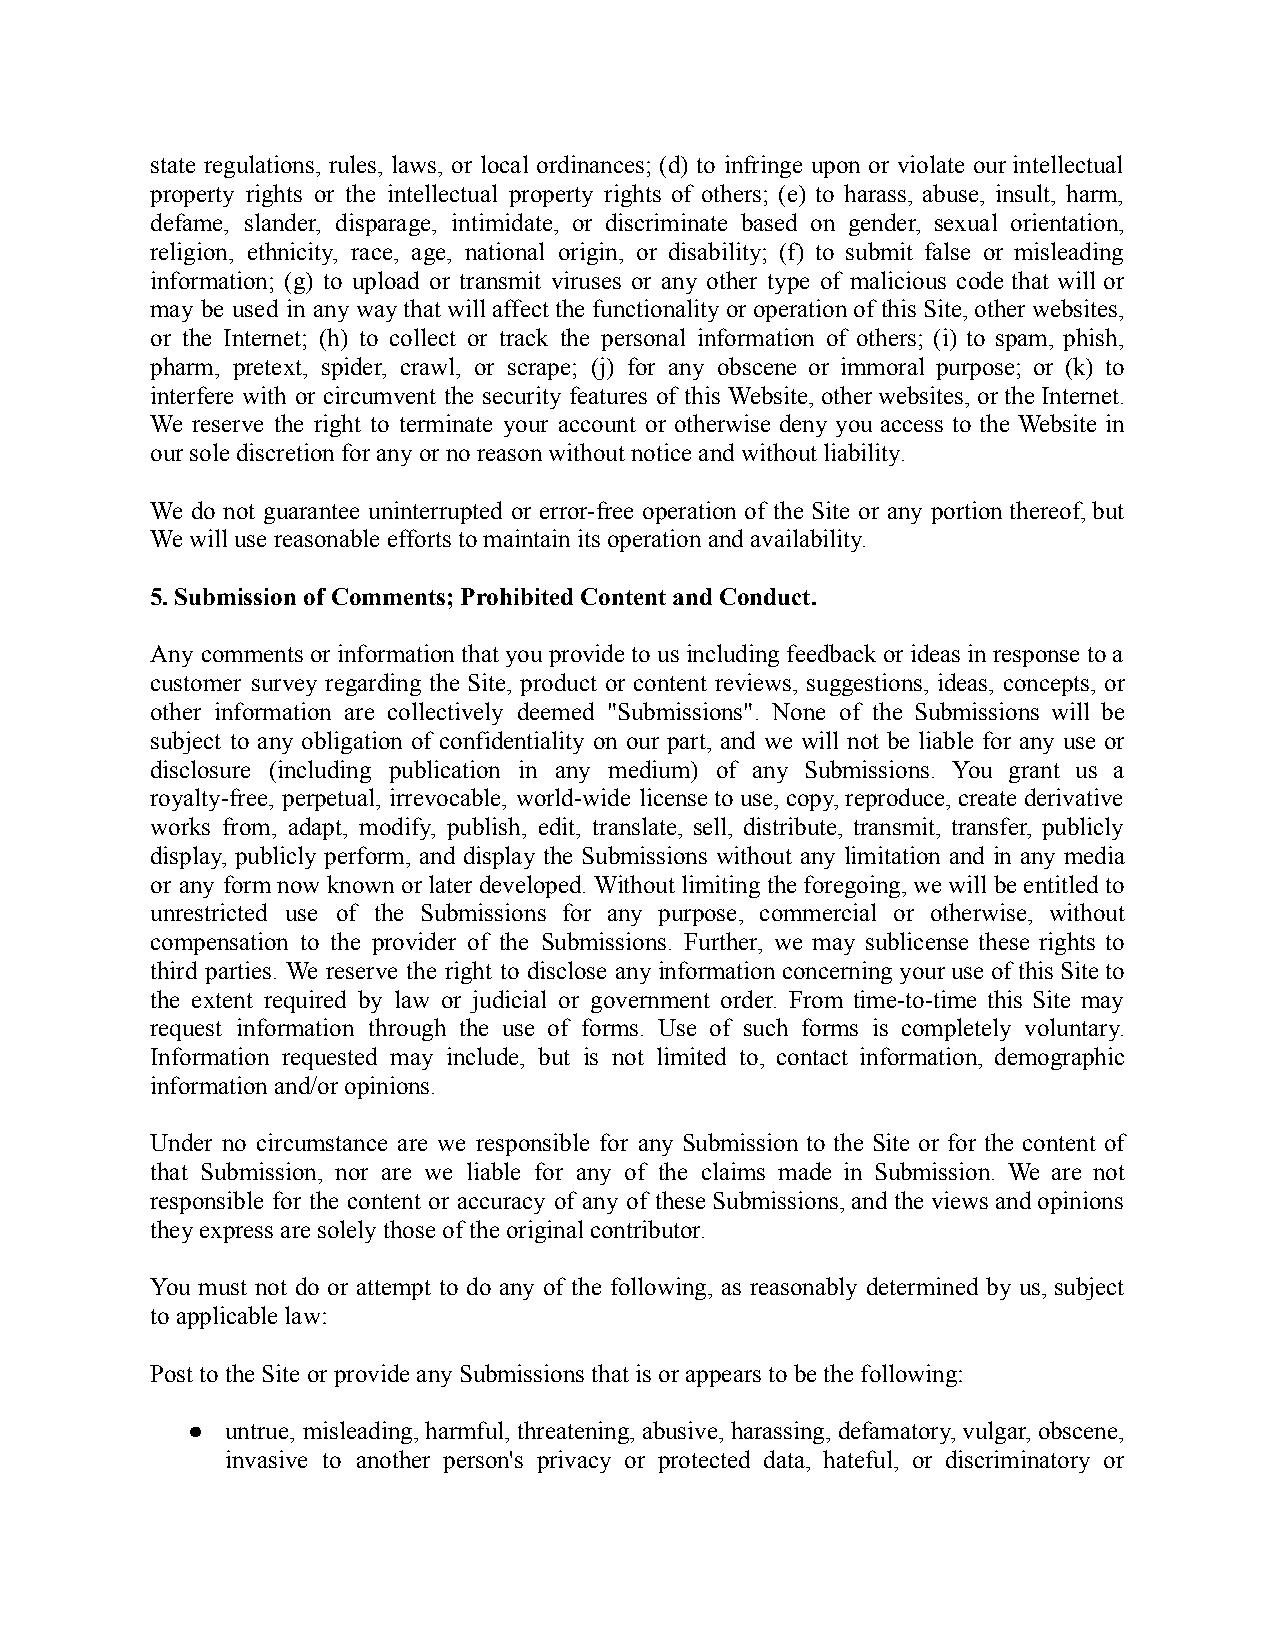
state regulations, rules, laws, or local ordinances; (d) to infringe upon or violate our intellectual
 property rights or the intellectual property rights of others; (e) to harass, abuse, insult, harm,
 defame, slander, disparage, intimidate, or discriminate based on gender, sexual orientation,
 religion, ethnicity, race, age, national origin, or disability; (f) to submit false or misleading
 information; (g) to upload or transmit viruses or any other type of malicious code that will or
 may be used in any waythat willaffect thefunctionality oroperation ofthis Site,otherwebsites,
 or the Internet; (h) to collect or track the personal information of others; (i) to spam, phish,
 pharm, pretext, spider, crawl, or scrape; (j) for any obscene or immoral purpose; or (k) to
 interfere with or circumvent the security features of this Website, otherwebsites,or theInternet.
 We reserve the right to terminate your account or otherwise deny you access to the Website in
 our sole discretion for any or no reason without notice and without liability.
 We do not guarantee uninterrupted or error-free operation of the Site or any portion thereof,but
 We will use reasonable efforts to maintain its operation and availability.
 5. Submission of Comments; Prohibited Content andConduct.
 Any commentsor informationthat youprovidetousincludingfeedback orideasin responsetoa
 customer survey regarding the Site, product or content reviews, suggestions, ideas, concepts, or
 other information are collectively deemed "Submissions". None of the Submissions will be
 subject to any obligation of confidentiality on our part, and we will not be liable for any use or
 disclosure (including publication in any medium) of any Submissions. You grant us a
 royalty-free, perpetual, irrevocable, world-wide licenseto use,copy,reproduce, create derivative
 works from, adapt, modify, publish, edit, translate, sell, distribute, transmit, transfer, publicly
 display, publicly perform, and display the Submissions without any limitation and in any media
 or any formnow knownor later developed.Withoutlimiting theforegoing, wewillbeentitled to
 unrestricted use of the Submissions for any purpose, commercial or otherwise, without
 compensation to the provider of the Submissions. Further, we may sublicense these rights to
 third parties. We reserve the right to disclose anyinformationconcerning youruse ofthis Siteto
 the extent required by law or judicial or government order. From time-to-time this Site may
 request information through the use of forms. Use of such forms is completely voluntary.
 Information requested may include, but is not limited to, contact information, demographic
 information and/or opinions.
 Under no circumstance are we responsible for any Submission to the Site or for the content of
 that Submission, nor are we liable for any of the claims made in Submission. We are not
 responsible for the content or accuracy of any of theseSubmissions,and theviews andopinions
 they express are solely those of the original contributor.
 You must not do or attempt to do any of the following, as reasonably determined by us, subject
 to applicable law:
 Post to the Site or provide any Submissions that is or appears to be the following:
 ●  untrue, misleading, harmful, threatening,abusive,harassing,defamatory,vulgar, obscene,
 invasive to another person's privacy or protected data, hateful, or discriminatory or